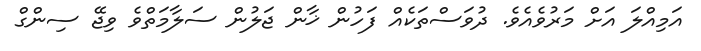
އަމިއްލަ އަށް މަރުވެއެވެ. ދުވަސްތަކެއް ފަހުން ޚާން ޖަލުން ސަލާމަތްވެ ވިޖޭ ސިންގް